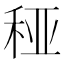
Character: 䅉